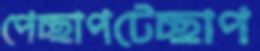
পেচ্ছাপটেচ্ছাপ